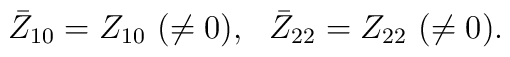
\bar Z_{10}=Z_{10}~(\neq 0),~~ \bar Z_{22}=Z_{22} ~(\neq 0).